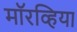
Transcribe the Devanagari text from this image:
मॉरव्हिया